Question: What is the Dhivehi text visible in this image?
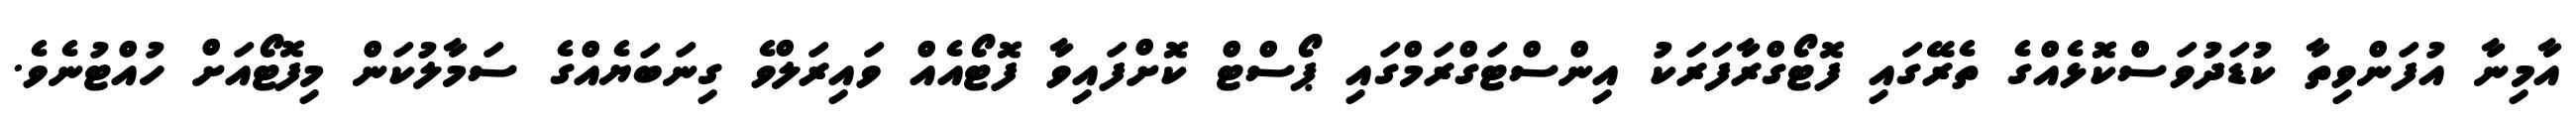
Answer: އާމިނާ އުފަންވިތާ ކުޑަދުވަސްކޮޅެއްގެ ތެރޭގައި ފޮޓޯގްރާފަރަކު އިންސްޓަގްރަމްގައި ޕޯސްޓް ކޮށްފައިވާ ފޮޓޯއެއް ވައިރަލްވެ ގިނަބަޔެއްގެ ސަމާލުކަން މިފޮޓޯއަށް ހުއްޓުނެވެ.